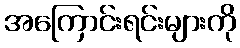
အကြောင်းရင်းများကို